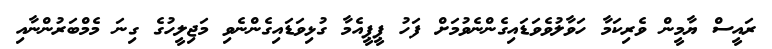
ރައީސް ޔާމީން ވެރިކަމާ ހަވާލުވެވަޑައިގެންނެވުމަށް ފަހު ޕީޕީއެމާ ގުޅިވަޑައިގެންނެވި މަޖިލީހުުގެ ގިނަ މެމްބަރުންނާއި